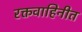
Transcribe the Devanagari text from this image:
रक्तवाहिनीत